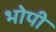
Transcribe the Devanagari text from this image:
भोपी